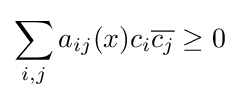
\sum _{i,j}a_{ij}(x)c_{i}{\overline {c_{j}}}\geq 0